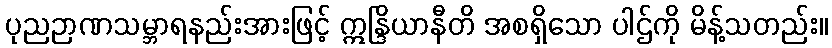
ပုညဉာဏသမ္ဘာရနည်းအားဖြင့် ဣန္ဒြိယာနီတိ အစရှိသော ပါဌ်ကို မိန့်သတည်း။